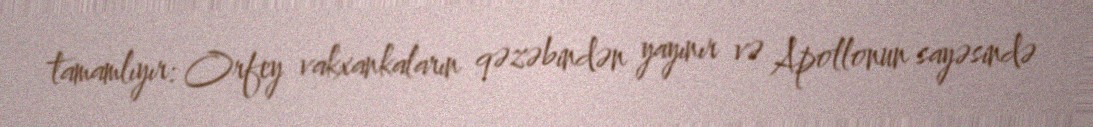
tamamlıyır: Orfey vakxankaların qəzəbindən yayınır və Apollonun sayəsində